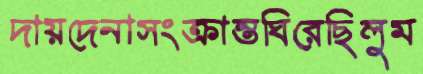
দায়দেনাসংক্রান্তঘিরেছিলুম